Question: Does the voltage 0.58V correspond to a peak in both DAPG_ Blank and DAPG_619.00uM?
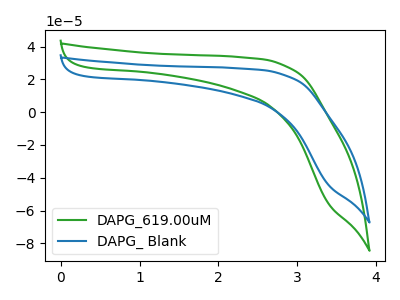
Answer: <think>The green curve "DAPG_619.00uM" has no peaks. The blue curve "DAPG_ Blank" has no peaks.</think>
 <answer>No, "DAPG_ Blank" and "DAPG_619.00uM" dont share a peak at 0.58V.</answer>
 <eval>mismatch</eval>